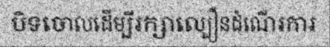
បិទចោលដើម្បីរក្សាល្បឿនដំណើរការ